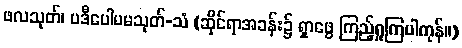
ဖလသုတ်၊ ပဒီပေါပမသုတ်-သံ (ဆိုင်ရာအခန်း၌ ရှာဖွေ ကြည့်ရှုကြပါကုန်။)